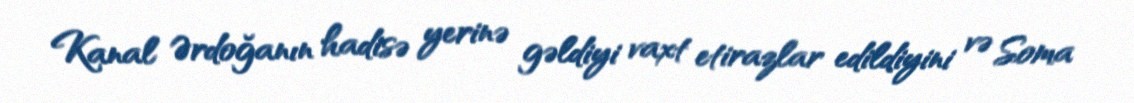
Kanal Ərdoğanın hadisə yerinə gəldiyi vaxt etirazlar edildiyini və Soma